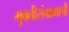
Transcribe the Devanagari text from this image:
मुक्तीसंग्रामाची